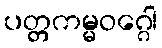
ပတ္တကမ္မဝဂ္ဂေါ